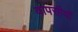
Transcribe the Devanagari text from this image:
वापसीयों